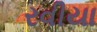
રવીયા